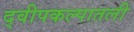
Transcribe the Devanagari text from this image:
द्वीपकल्पातली